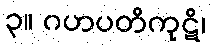
၃။ ဂဟပတိကုဋိ၊